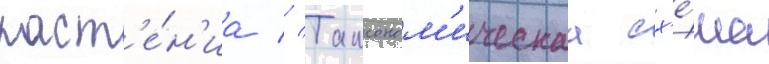
раст'е́н'иа // Таксоном'ическаа сх'е́ма